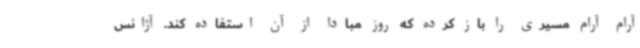
آرام آرام مسیری را باز کرده که روز مبادا از آن استفاده کند. آژانس